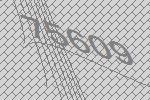
75609